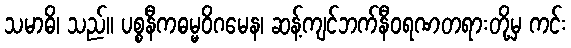
သမာဓိ၊ သည်။ ပစ္စနီကဓမ္မဝိဂမေန၊ ဆန့်ကျင်ဘက်နီဝရဏတရားတို့မှ ကင်း